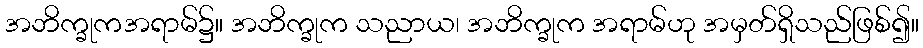
အဘိက္ခုကအရာမ်၌။ အဘိက္ခုက သညာယ၊ အဘိက္ခုက အရာမ်ဟု အမှတ်ရှိသည်ဖြစ်၍။